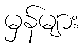
မှန်များ